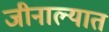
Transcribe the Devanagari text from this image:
जीनाल्यात